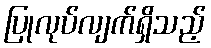
ပြုလုပ်လျက်ရှိသည့်